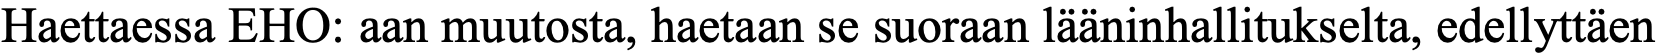
Haettaessa EHO: aan muutosta, haetaan se suoraan lääninhallitukselta, edellyttäen